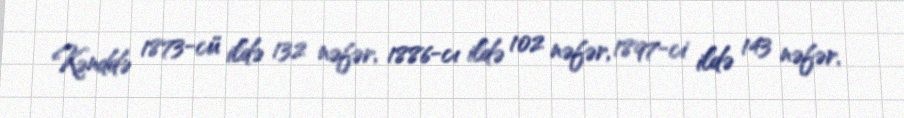
Kənddə 1873-cü ildə 132 nəfər, 1886-cı ildə 102 nəfər, 1897-ci ildə 143 nəfər,